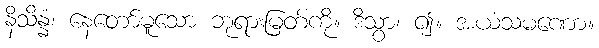
နိသိန္နံ၊ နေတော်မူသော ဘုရားမြတ်ကို။ ဒိသွာ၊ ၍။ အယံသမဏော။